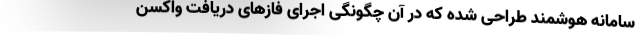
سامانه هوشمند طراحی شده که در آن چگونگی اجرای فازهای دریافت واکسن